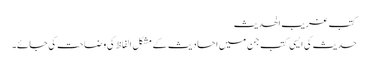
کتب غریب الحدیث
حدیث کی ایسی کتب جن میں احادیث کے مشکل الفاظ کی وضاحت کی جائے۔